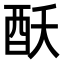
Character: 𮠝